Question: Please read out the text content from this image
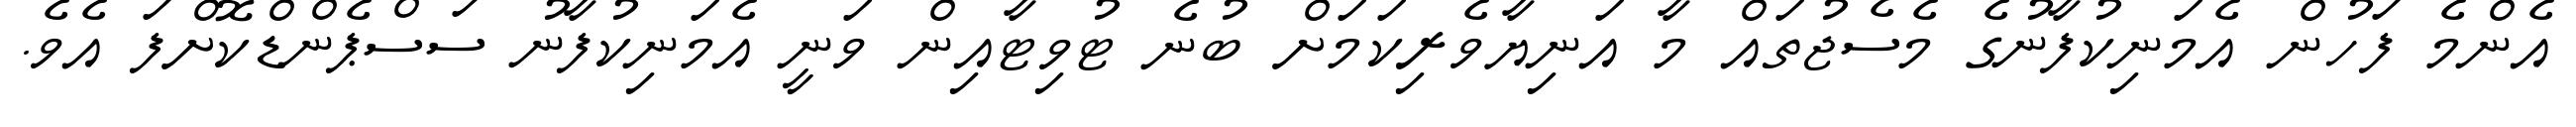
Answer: އެންމެ ފަހުން އެމަނިކުފާނުގެ މެސެޖުތައް މާ އަނިޔާވެރިކަމަށް ބުނެ ޓުވިޓާއިން ވަނީ އެމަނިކުފާނު ސަސްޕެންޑްކޮށްފަ އެވެ.